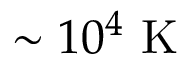
\sim 1 0 ^ { 4 } \mathrm { ~ K ~ }